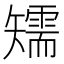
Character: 𥐎